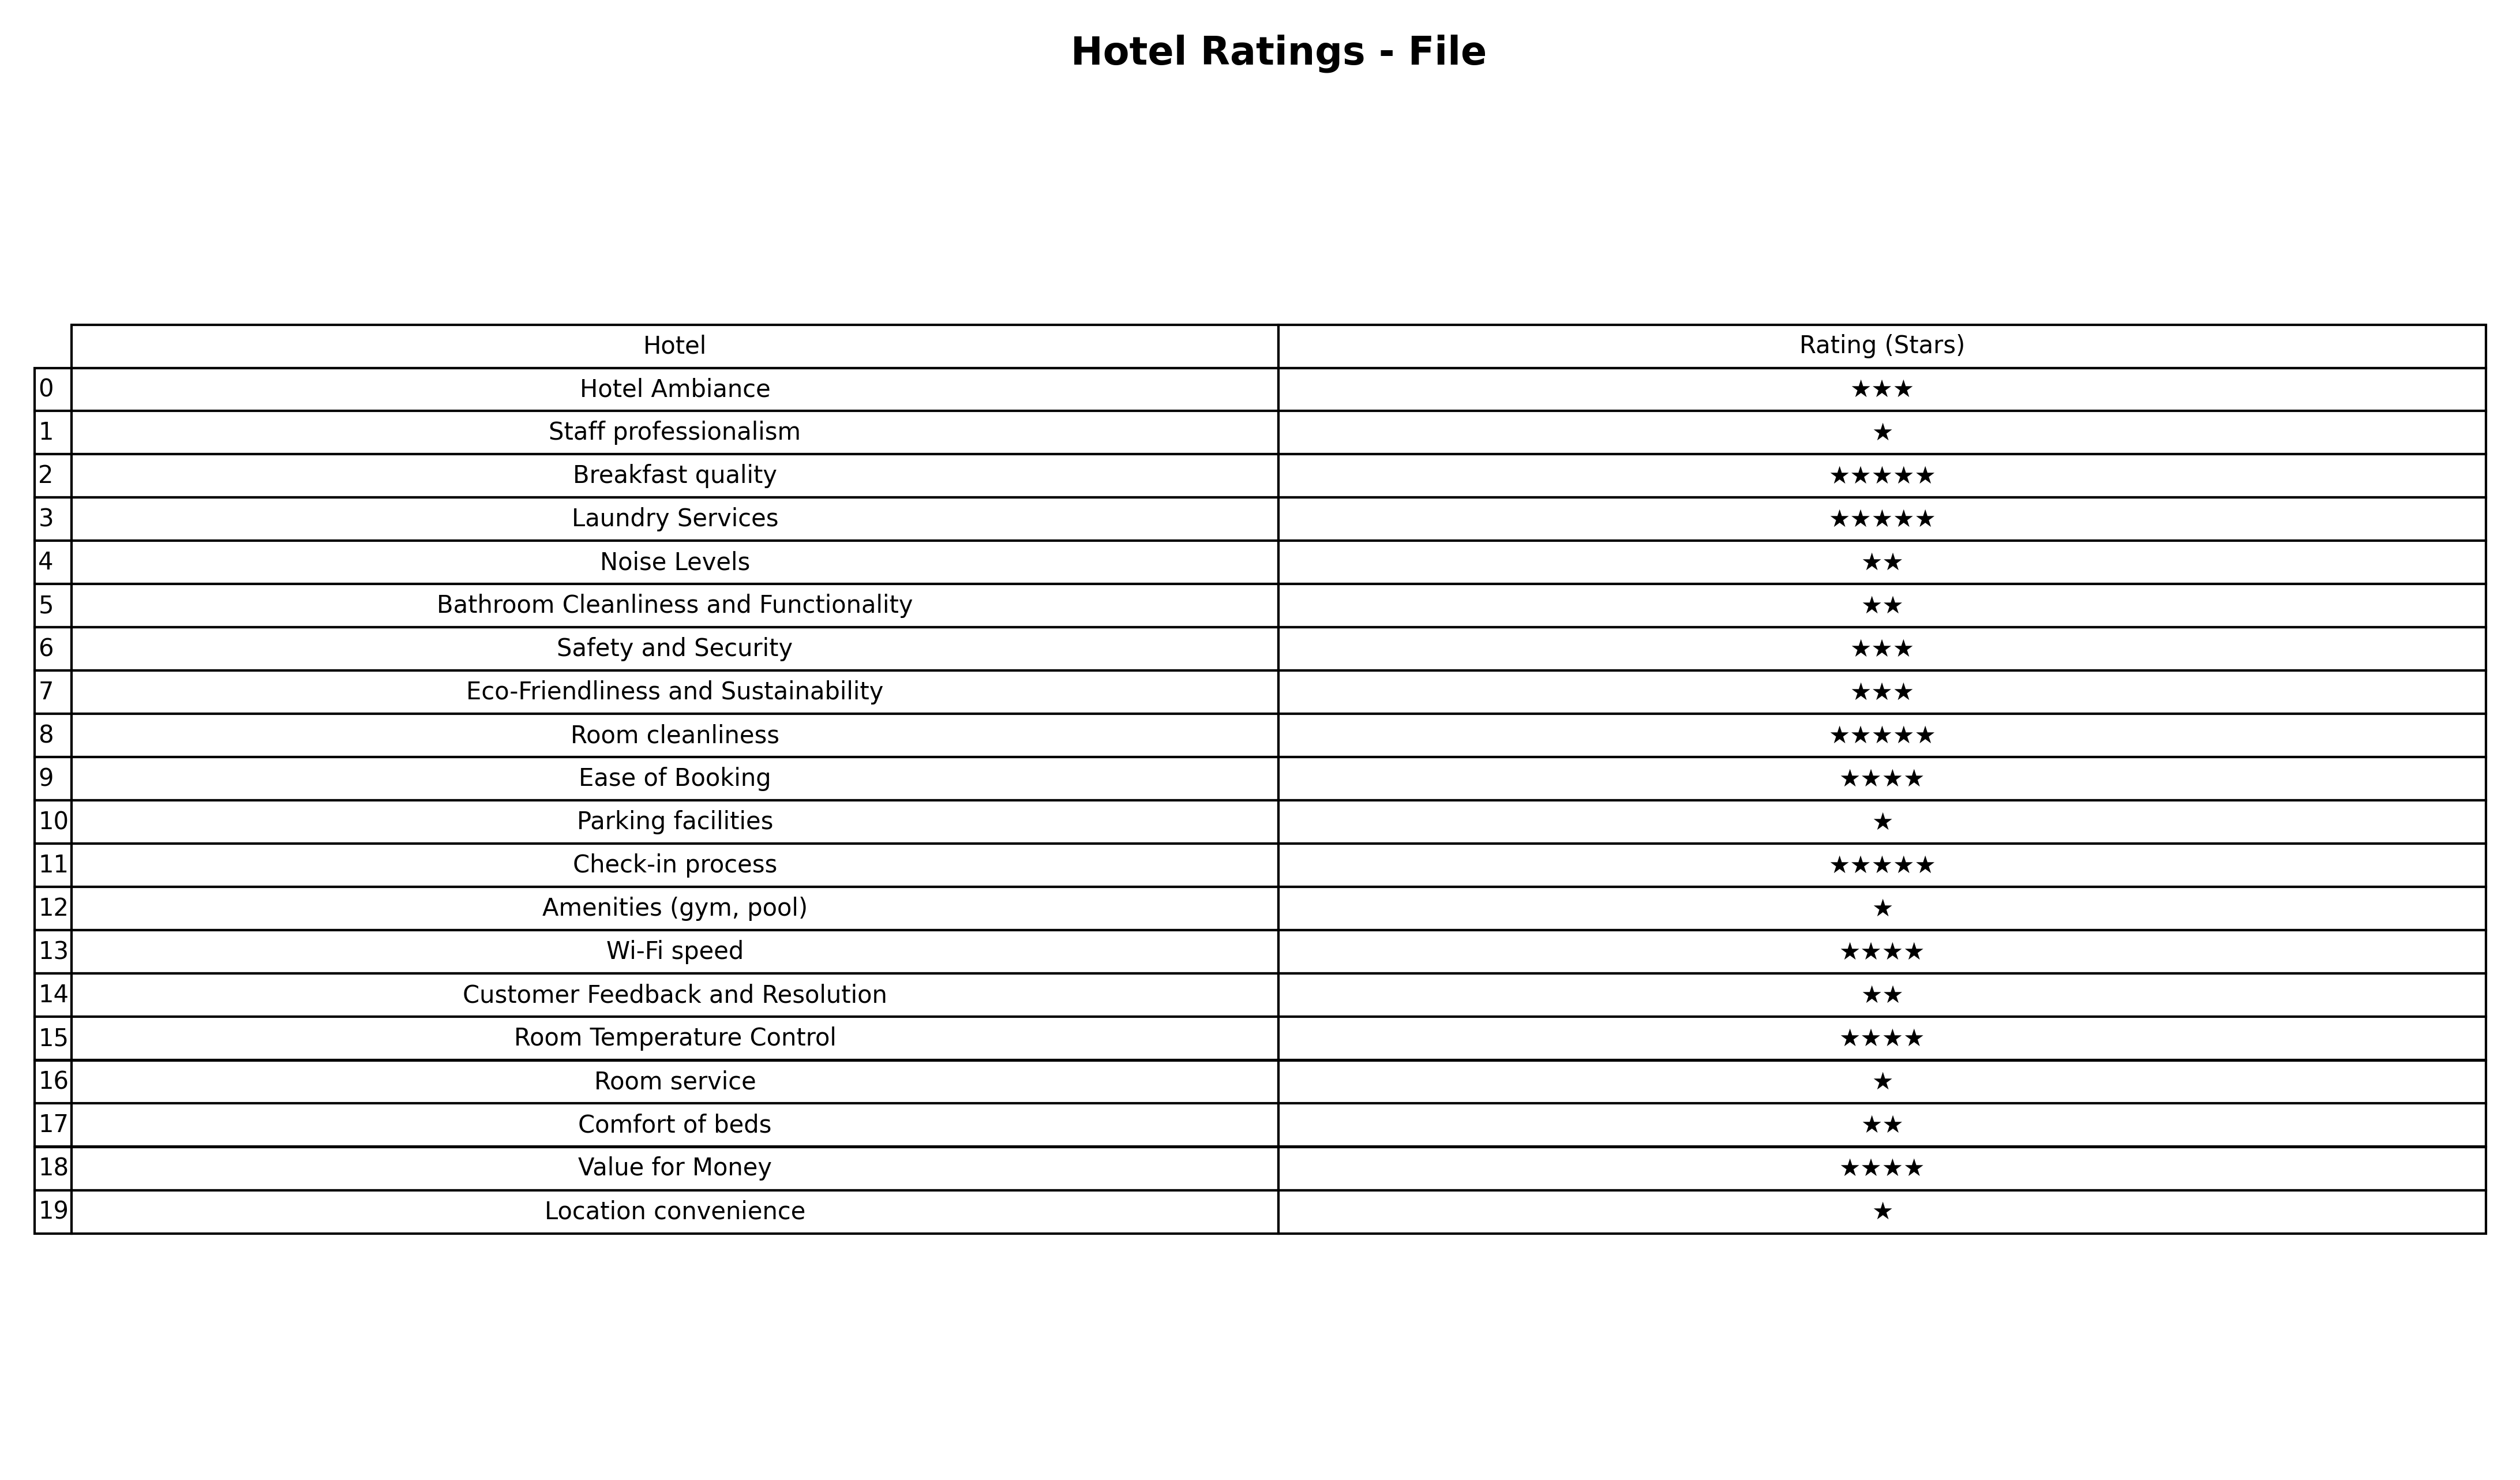
question: What are two star services?
answer: Noise LevelsBathroom Cleanliness and FunctionalityCustomer Feedback and ResolutionComfort of beds